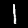
Digit: 1